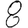
Digit: 8